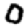
Digit: 0